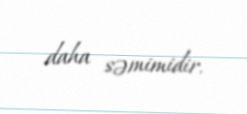
daha səmimidir.